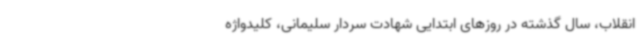
انقلاب، سال گذشته در روزهای ابتدایی شهادت سردار سلیمانی، کلیدواژه